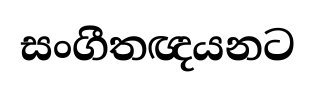
සංගීතඥයනට